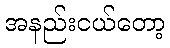
အနည်းငယ်တော့